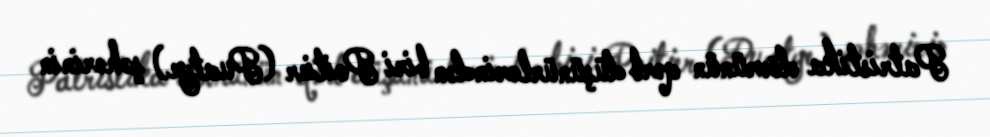
Patristika dövrünün qərb düşünürlərindən biri Poitier (Puatye) şəhərinin